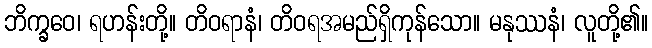
ဘိက္ခဝေ၊ ရဟန်းတို့။ တိဝရာနံ၊ တိဝရအမည်ရှိကုန်သော။ မနုဿနံ၊ လူတို့၏။